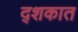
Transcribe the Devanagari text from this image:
द्शकात